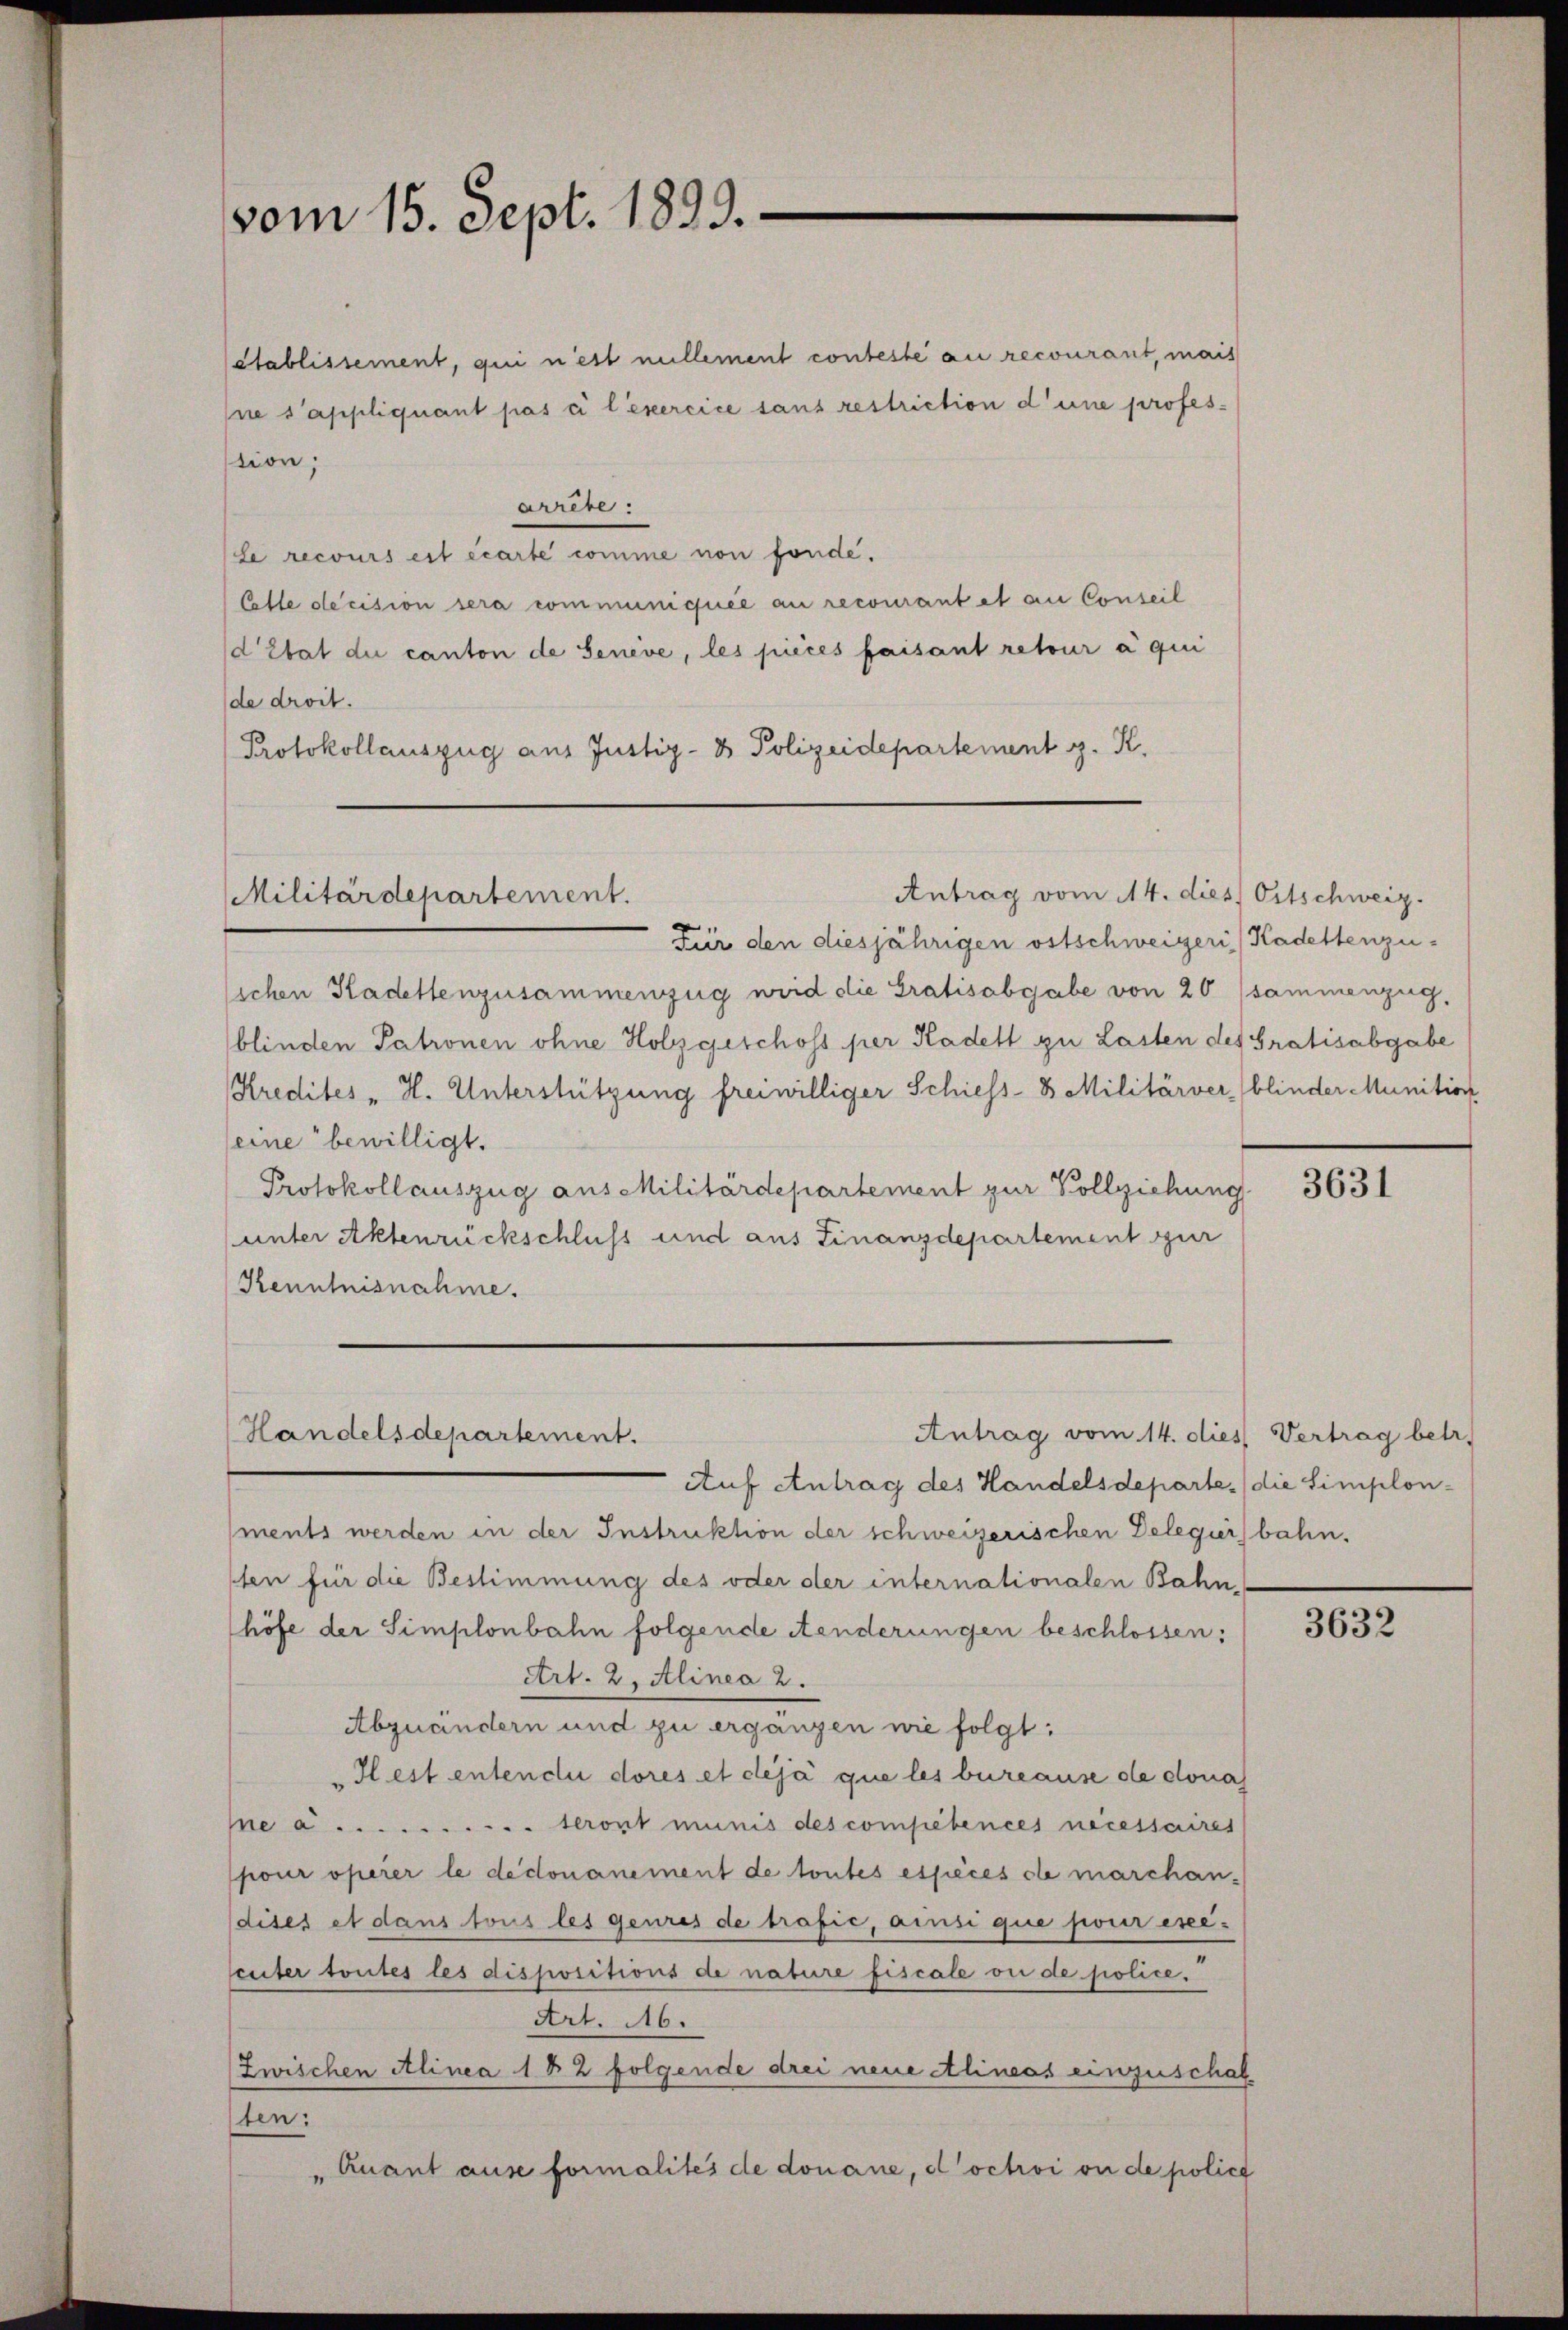
vom 15. Sept. 1899.

Stablissement, qui n’est nullement conteste au recourant, mais
sne s’appliquant pas à l’exercice sans restriction d’une professtion;
arrête
Le recours est écarte comme von fonde.
Colle decision sera communiquée au recourantet an Conseil
d’Etat die canton de Senève, les pieces faisant retour à qui
de droit.
Protokollauszug aus Justiz- & Polizeidepartement z. R.

Militärdepartement.

Handelsdepartement.

Antrag vom 14. dies Ortschweiz.

Für den diesjährigen ostschweiger Kadettenzu-
slichen Kadettenzusammenzug wird die Gratisabgabe von 20 (sammenzug,
blinden Patronen ohne Holz geschoss per Kadelt zu Lasten des Gratisabgabe
Kredites "H. Unterstützung freiwilliger Schiess- 3 Militärver, blinder Munition
eine bewilligt.
Protokollauszug aus Militärdepartement zur Vollziehung
unter Aktenrückschluss und aus Finanzdepartement zur
Kenntnisnahme.
Auf Antrag des Handelsdeparte (die Simplonments werden in der Instruktion der schweizerischen Delegerbahn.
sten für die Bestimmung des oder der internationalen Bahn,
höfe der Simplonbahn folgende Aenderungen beschlossen:
Art. 2, Alinea 2.
Abzuändern und zu ergänzen wie folgt:
Hest entendii dores et déjà que les bureause de dona
Ie a. .. .............. seront minis des compétences necessaires
pour operer le dedonanement de toutes espèces de marchandises et dans tous les genres de trafić, ainsi que pour esee-
cuter toutes les dispositions de nature fiscale ou de police.
Art. 16.
Zwischen Alinea 1 & 2 folgende drei neue Alineas einzuschal
ten:
Quant ause formalités de donane, doctivi ou de police
"

Antrag vom 14. dies Vertrag betr.

3631

3632